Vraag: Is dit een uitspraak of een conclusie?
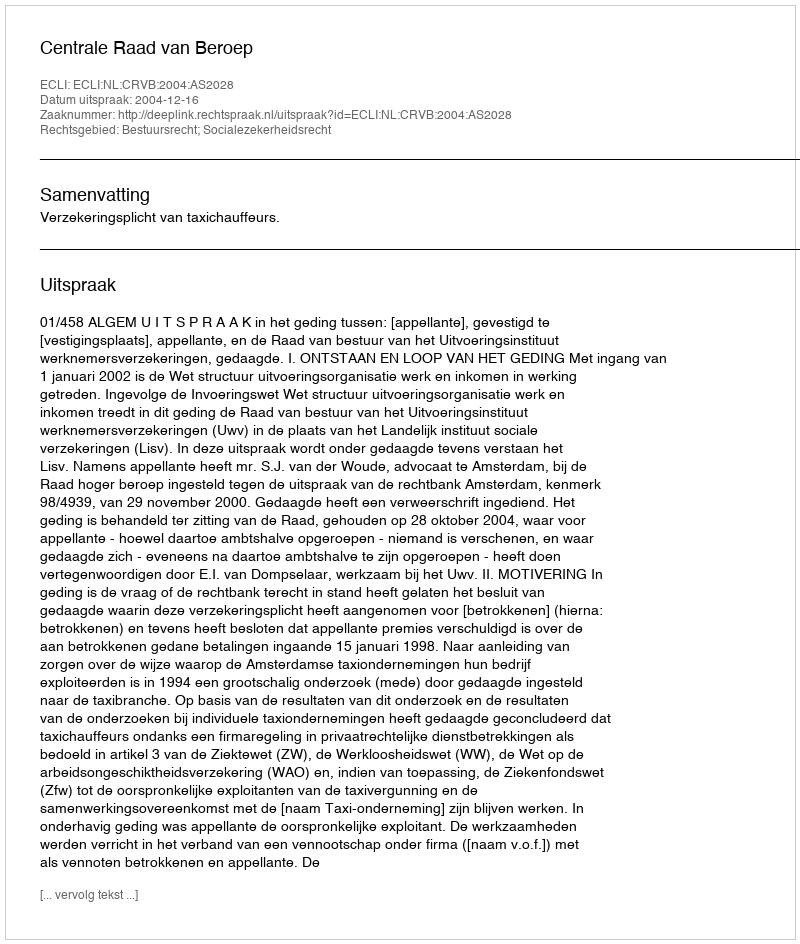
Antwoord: Uitspraak